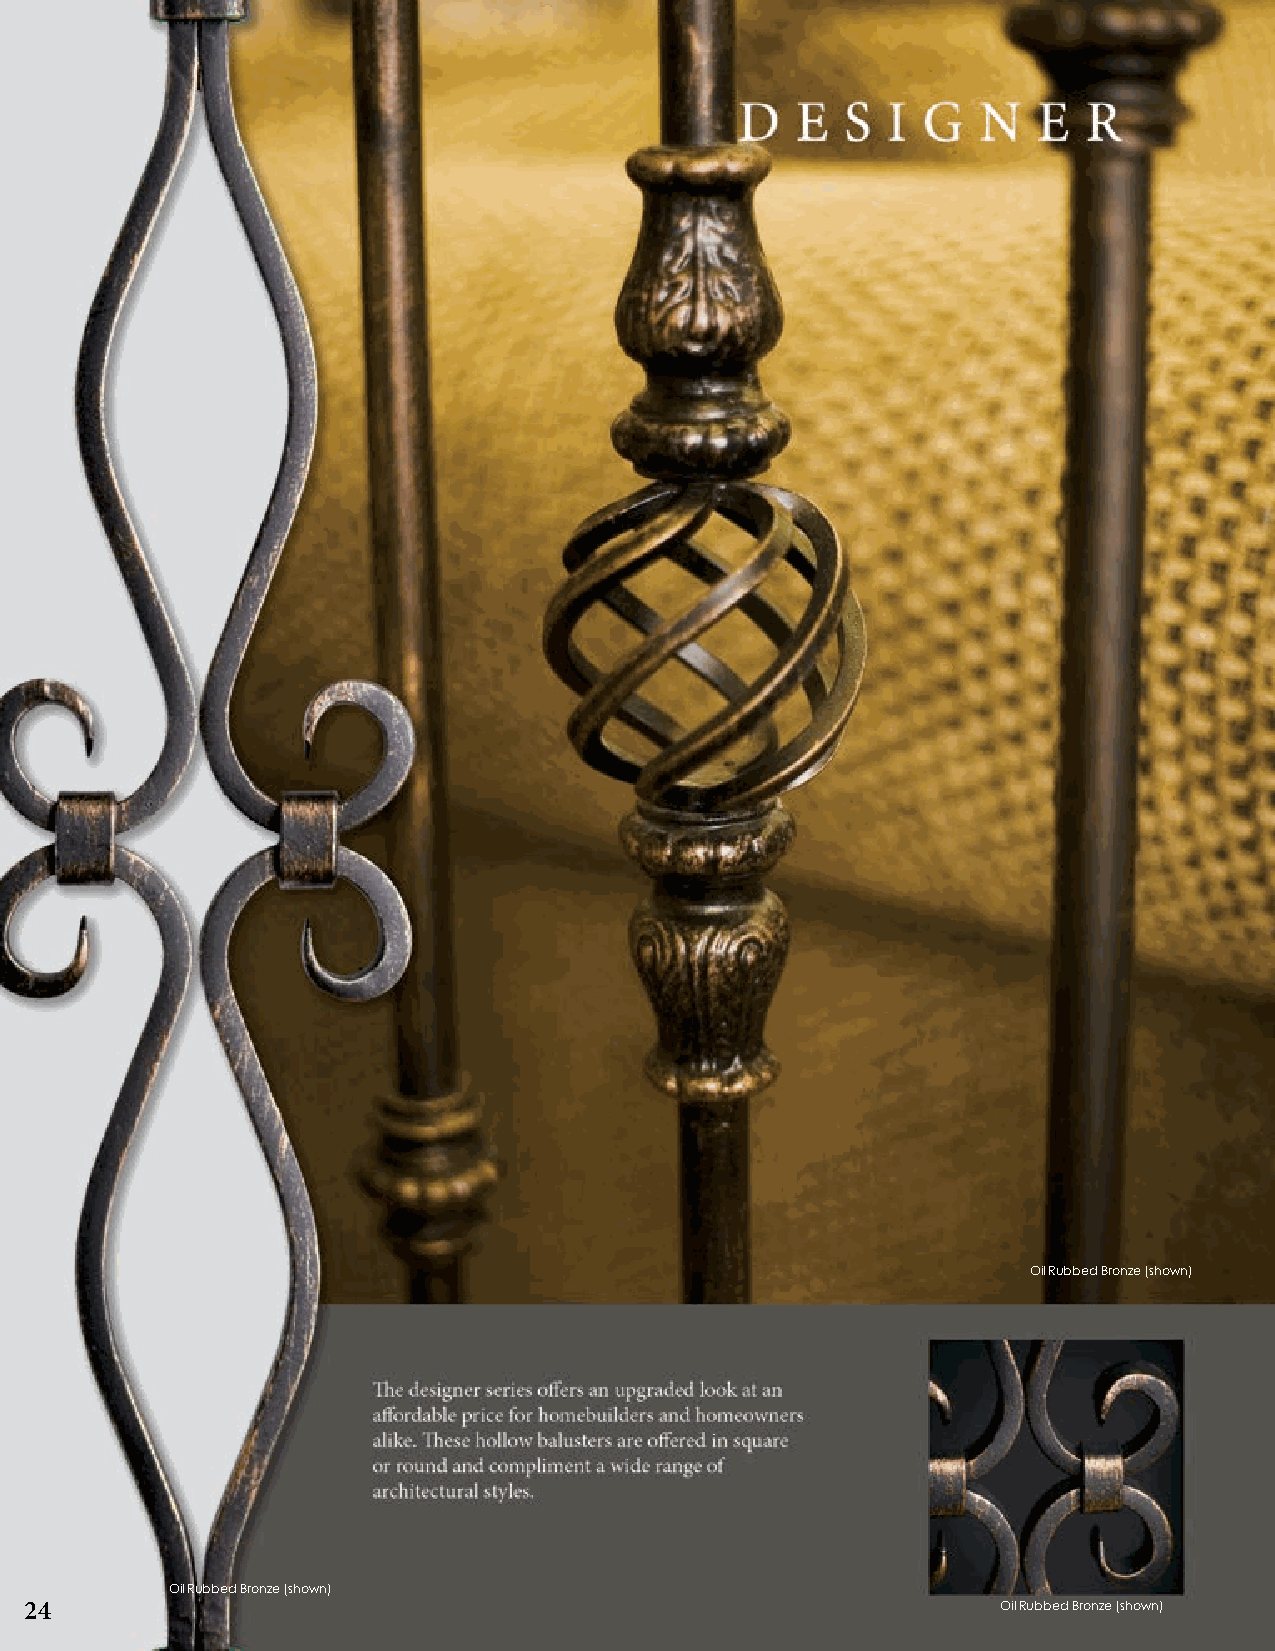
Oil Rubbed Bronze (shown)
 Oil Rubbed Bronze (shown)
 24                                                              Oil Rubbed Bronze (shown)